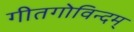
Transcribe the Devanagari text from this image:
गीतगोविन्दम्